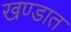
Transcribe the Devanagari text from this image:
खण्डात